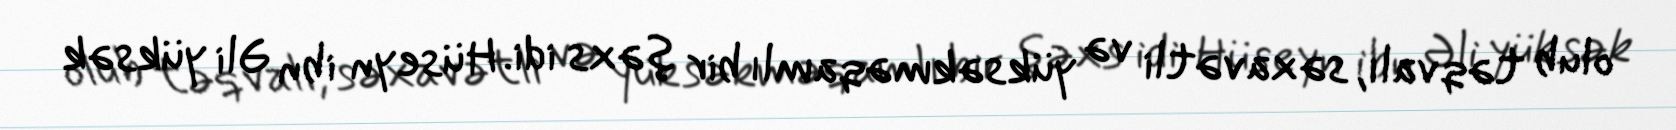
olub təqvalı, səxavətli və yüksəkməqamlı bir şəxs idi. Hüseyn ibn Əli yüksək